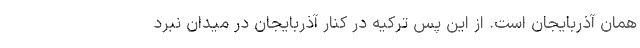
همان آذربایجان است. از این پس ترکیه در کنار آذربایجان در میدان نبرد